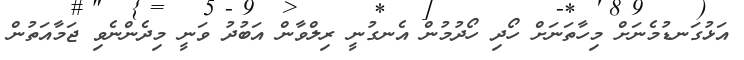
އަޅުގަނޑުމެނަށް މިހާތަނަށް ހޯދި ހޯދުމުން އެނގުނީ ރިލްވާން އަބުދު ވަނީ މިދެންނެވި ޖަމާއަތުން